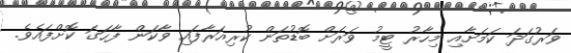
ވަރުގަދަ ކަމަށާއި މިހާރު ޓީމު ވަރަށް ބޮޑުތަން ކުރިއަރާފައި ވާކަން ފާހަގަ ކޮށްފައެވެ.